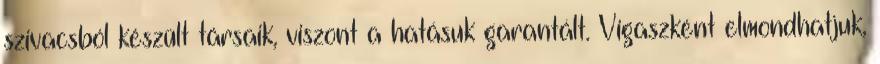
szivacsból készült társaik, viszont a hatásuk garantált. Vigaszként elmondhatjuk,